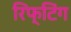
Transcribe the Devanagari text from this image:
रिफ्टिंग